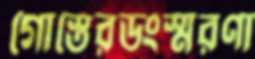
গোস্তেরডংস্মরণা